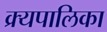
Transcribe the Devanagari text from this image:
क्र्यपालिका